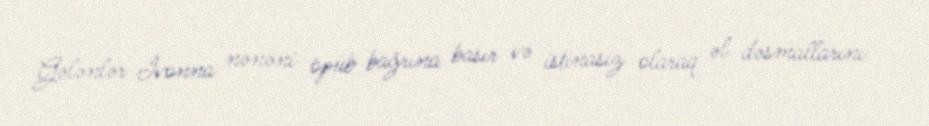
Gələnlər İvonna nənəni öpüb bağrına basır və istinasız olaraq əl dəsmallarını